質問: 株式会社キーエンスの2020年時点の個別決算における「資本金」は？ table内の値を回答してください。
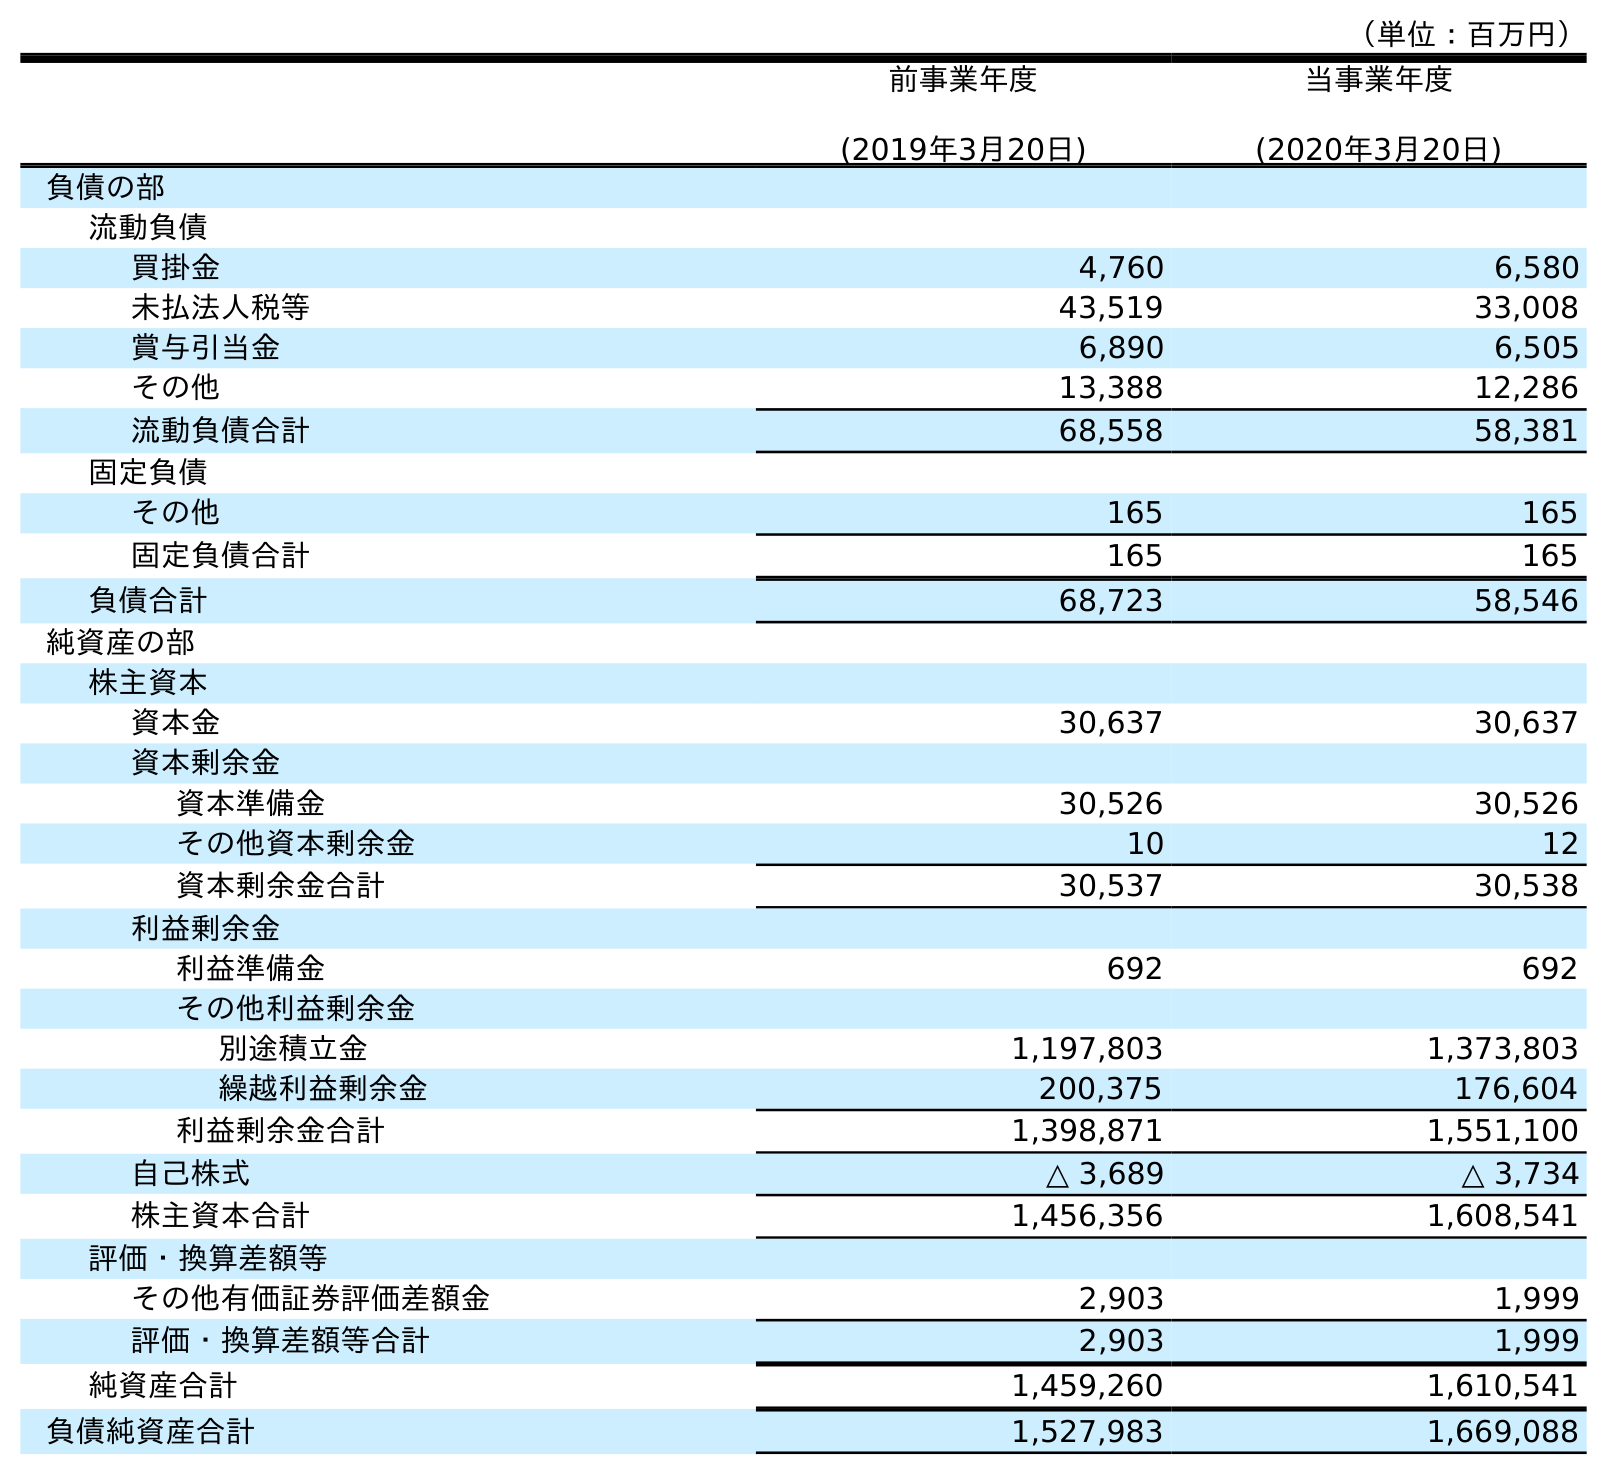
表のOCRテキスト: （単位：百万円） 前事業年度 (2019年3月20日) 当事業年度 (2020年3月20日) 負債の部 流動負債 買掛金 4,760 6,580 未払法人税等 43,519 33,008 賞与引当金 6,890 6,505 その他 13,388 12,286 流動負債合計 68,558 58,381 固定負債 その他 165 165 固定負債合計 165 165 負債合計 68,723 58,546 純資産の部 株主資本 資本金 30,637 30,637 資本剰余金 資本準備金 30,526 30,526 その他資本剰余金 10 12 資本剰余金合計 30,537 30,538 利益剰余金 利益準備金 692 692 その他利益剰余金 別途積立金 1,197,803 1,373,803 繰越利益剰余金 200,375 176,604 利益剰余金合計 1,398,871 1,551,100 自己株式 △ 3,689 △ 3,734 株主資本合計 1,456,356 1,608,541 評価・換算差額等 その他有価証券評価差額金 2,903 1,999 評価・換算差額等合計 2,903 1,999 純資産合計 1,459,260 1,610,541 負債純資産合計 1,527,983 1,669,088
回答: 30,637